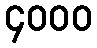
၄၀၀၀